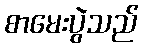
စာမေးပွဲသည်